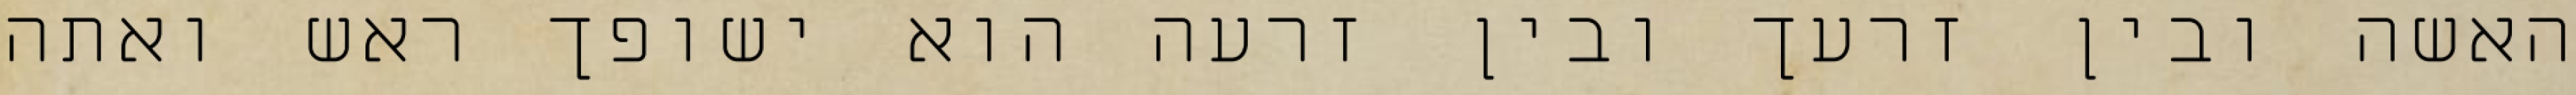
האשה ובין זרעך ובין זרעה הוא ישופך ראש ואתה